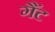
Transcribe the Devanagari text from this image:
गैंट